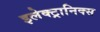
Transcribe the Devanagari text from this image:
इलेक्‍ट्रानिक्स